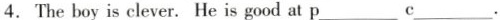
4. The boy is clever. He is good at p___c___.